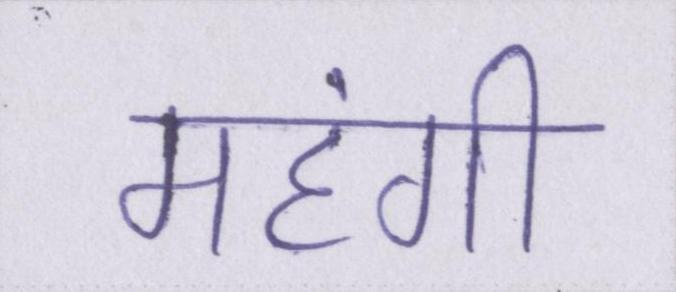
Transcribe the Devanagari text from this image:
महंगी